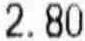
2.80